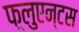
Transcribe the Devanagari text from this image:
फ़्लुएन्टस